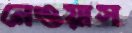
নেওয়াস